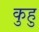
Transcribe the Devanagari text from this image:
कुहु